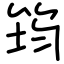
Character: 筠